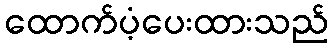
ထောက်ပံ့ပေးထားသည်